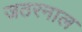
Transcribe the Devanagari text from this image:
जठरनाल